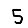
Digit: 5